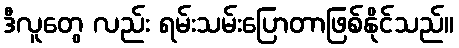
ဒီလူတွေ လည်း ရမ်းသမ်းပြောတာဖြစ်နိုင်သည်။